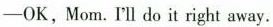
-OK,Mom.I‘ll do it right away.